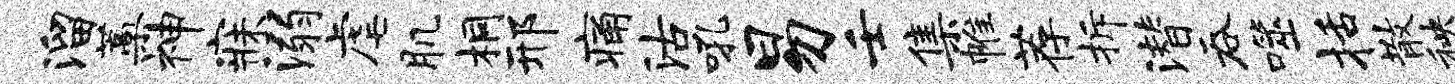
溜蒿神寐溺虐肌桐邢痛沽吼易壬集帷荐拆潜吞噬括散秧